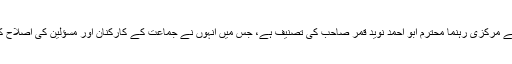
زیر تبصرہ کتاب " منہج تربیت، کارکنان ومسؤلین کے لئے اصلاحی تحاریر " جماعۃ الدعوہ کے مرکزی رہنما محترم ابو احمد نوید قمر صاحب کی تصنیف ہے، جس میں انہوں نے جماعت کے کارکنان اور مسؤلین کی اصلاح کے لئے ایک تربیتی نصاب تیار کیا ہے تاکہ وہ اس کے مطابق جماعتی نظم سے جڑ کر رہیں۔